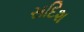
સદિશ